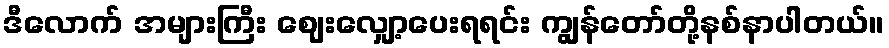
ဒီလောက် အများကြီး ဈေးလျှော့ပေးရရင်း ကျွန်တော်တို့နစ်နာပါတယ်။